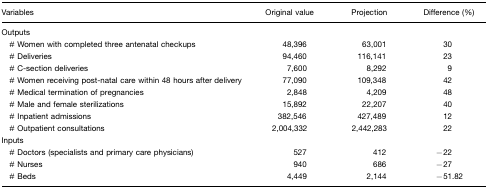
<table><thead><tr><td><b>Variables</b></td><td><b>Original value</b></td><td><b>Projection</b></td><td><b>Difference (%)</b></td></tr></thead><tbody><tr><td>Outputs</td><td></td><td></td><td></td></tr><tr><td># Women with completed three antenatal checkups</td><td>48,396</td><td>63,001</td><td>30</td></tr><tr><td># Deliveries</td><td>94,460</td><td>116,141</td><td>23</td></tr><tr><td># C-section deliveries</td><td>7,600</td><td>8,292</td><td>9</td></tr><tr><td># Women receiving post-natal care within 48 hours after delivery</td><td>77,090</td><td>109,348</td><td>42</td></tr><tr><td># Medical termination of pregnancies</td><td>2,848</td><td>4,209</td><td>48</td></tr><tr><td># Male and female sterilizations</td><td>15,892</td><td>22,207</td><td>40</td></tr><tr><td># Inpatient admissions</td><td>382,546</td><td>427,489</td><td>12</td></tr><tr><td># Outpatient consultations</td><td>2,004,332</td><td>2,442,283</td><td>22</td></tr><tr><td>Inputs</td><td></td><td></td><td></td></tr><tr><td># Doctors (specialists and primary care physicians)</td><td>527</td><td>412</td><td>−22</td></tr><tr><td># Nurses</td><td>940</td><td>686</td><td>−27</td></tr><tr><td># Beds</td><td>4,449</td><td>2,144</td><td>−51.82</td></tr></tbody></table>